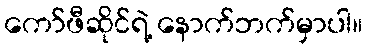
ကော်ဖီဆိုင်ရဲ့ နောက်ဘက်မှာပါ။